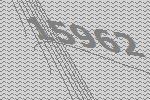
15962